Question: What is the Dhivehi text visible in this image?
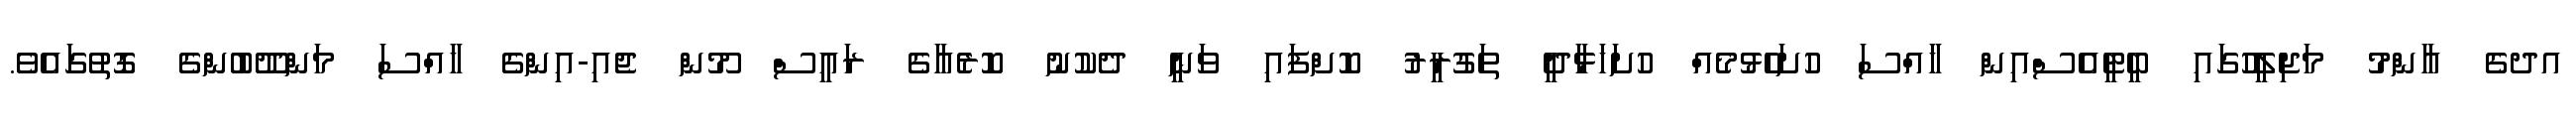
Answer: އދގެ އާންމު މަޖިލީހުގައި ބީޓީއެސްއިން ހާއްސަ ހުށަހެޅުމެއް ހުށަހަޅާދީ ތަގުރީރު ކޮށްފައި ވަނީ ދެކުނު ކޮރެއާގެ ރައީސް މޫން ޖެއި-އިންގެ ހާއްސަ މަންދޫބުންގެ ގޮތުގައެވެ.